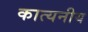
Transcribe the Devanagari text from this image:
कात्यनीय